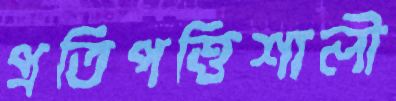
প্রতিপত্তিশালী